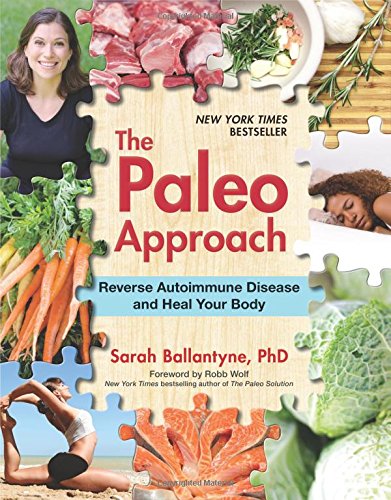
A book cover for The Paleo Approach: Reverse Autoimmune Disease and Heal Your Body; Sarah Ballantyne; Cookbooks, Food & Wine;